Vital statistics of India. Vol. VI, European troops 1870-79
Year: 1870
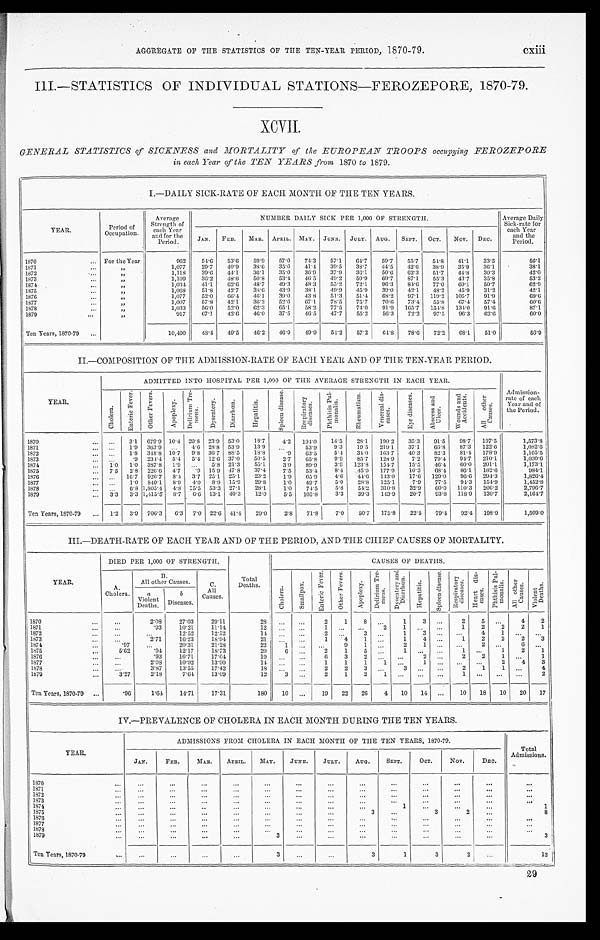
AGGREGATE OF THE STATISTICS OF THE TEN-YEAR PERIOD, 1870-79.
III.—STATISTICS OF INDIVIDUAL STATIONS—FEROZEPORE, 1870-79.
X C V I I .
GENERAL STATISTICS of SICKNESS and MORTALITY of the EUROPEAN TROOPS occupying FEROZEPORE
in each Year of the TEN YEARS from 1870 to 1879.
I.—DAILY SICK-RATE OF EACH MONTH OF THE TEN YEARS.
YEAR.
P e r i o d o f
Occupation.
Average Strength of
each year
and for the
Period.
N U MB E R D A I L Y S I C K P E R 1 , 0 0 0 O F S T R E N G T H .
Average Dai l y Si ck- r at e
each Year
and the
Period.
JAN. FEB. MAR. APRIL. MAY. JUNE. JULY. AUG. SEPT. OCT. NOV. DEC.
1870
For the Year
962 54.6 53.6 59.9 57.0 74.3 57.1 64.7 59. 7 55.7 54. 8 41.1 33. 5
5 6 . 1
1871
" 1,077 29.7 40.9 38.6 35.6 41.4 39.5 38.7 44. 5 42.6 38. 9 35.9 36. 1
3 8 . 1
1872
"
1,118 39.6 44.1 36.1 35.0 36.9 37.9 36.1 50. 6 62.3 51. 7 44.8 30. 3
4 2 . 0
1873
"
1,109 36.2 48.6 50.8 53.4 46.5 49.2 59.9 69. 7 87.1 55. 3 43.7 35. 8
5 3 . 2
1874
"
1,034 41.1 62.6 48.7 49.3 48.3 55.2 72.1 96. 3 84.6
7 7 . 0 69.1 50. 7
6 2 . 9
1875
"
1 , 0 6 8
51.8 42.7 38.6 43.9 38. 1 49.9 45.9 39. 0 42.1 48. 2 45.9 31.2
4 2 . 1
1 8 7 6
"
1,077 52.0 66.4 46.1 39.0 43.8 51.3 51.4 68. 2 97.1 119. 2 105.7 91. 9
6 9 . 6
1877
" 1,007 57.8 42.1 36.2 52.6 67.1 78.5 75.7 70. 6 73.4 55. 8 67.4 57. 4
6 0 . 6
1878
" 1,033 56.0 52.0 62.3 65.1 58.2 77.5 74.0 91.9 165.7 154. 8 134.0 91.6
8 7 . 1
1879
"
917 67.1 42.6 46.0 37.5 46.5 47.7 55.2 56. 3 72.2 97. 5 96.3 62. 6
6 0 . 0
Ten Years, 1870-79
10,400 48.4 49.5 46.2 46.9 49.9 51.2 57.2 64. 8 78.6 72. 2 68.1 51. 0
5 6 . 9
II.—COMPOSITION OF THE ADMISSION-RATE OF EACH YEAR AND OF THE TEN-YEAR PERIOD.
Y E A R .
ADMITTED INTO HOSPITAL PER 1,000 OF THE AVERAGE STRENGTH IN EACH YEAR.
Admission- rate of each
Year and of
the Period.
C h o l e r a . E n t e r i c F e v e r .
O t h e r F e v e r s .
Ap o p l e x y .
D e l i r i u m T r e -
m e n s .
D y s e n t e r y . D i a r r h œ a .
H e p a t i t i s .
S p l e e n d i s e a s e . R e s p i r a t o r y
d i s e a s e s .
P h t h i s i s P u l -
m o n a l i s .
R h e u m a t i s m .
V e n e r a l d i s -
e a s e s .
E y e d i s e a s e s .
A b s e e s s a n d
Ul c e r .
W o u n d s a n d
A c c i d e n t s .
A l l o t h e r
C a u s e s .
1870
3.1 679.9 10.4 20.8 23.9 53.0 18.7 4.2 104.0 14. 5 28.1 190.2 35.3 91.5 98.7 197.5
1,573.8
1871
1.9 363.9
4.6 28.8 53.9 13.9
53.9 9.3 19.5 219.1 37.1 66.8 87.3 122.6
1,082.6
1872
1.8 348.8 10.7 9.8 36.7 88.5 18.8 .9 63.5 5. 4 34.0 163.7 40.3 82.3 81.4 178.9
1,165.5
1873
.9 234.4 5.4 5.4 12.6 37.0 50.5 2.7 65.8 9. 9 85.7 128.9 7. 2 79.4 94.7 210.1
1,030.6
1874
1.0 1.0 387.8 1.9
5.8 21.3 55.1 3.9 89.9 3. 9 123.8 154.7 15.5 46.4 60.0 201.1
1,173.1
1875
7.5 2.8 226.6 4.7 .9 15.9 47.8 37.4 7.5 53.4 8. 4 45.9 177.9 10.3 68.4 86.1 182.6
984.1
1876
16.7 926.7 8.4 3.7 25.1 25.1 23.2 1.9 65.9 4. 6 44.6 143.0 17.6 129.0 96.6 294.3
1,826.4
1877
1.0 840.1 8.9 4.0 8.9 15.9 29.8 1.0 49.7 5. 0 28.8 125.1 7.9 77.5 94.3 154.9
1,452.8
1878
6.8 1,805.4 4.8 1 5 . 5 53. 3 27.1 28.1 1.0 74.5 5. 8 54.2 310.8 32.9 60.0 110. 3 206.2
2,796.7
1879
3.3 3.3 1,415.5 8.7 6.6 13.1 40.3 12.0 5.5 105.8 3. 3 39.3 143.9 20.7 93.8 118.9 130.7
2,164.7
Ten Years, 1870-79
1.2 3.9 706.3 6.3 7.0 22.6 41.4 29.0 2.8 71.8 7. 0 50.7 175.8 22.5 79.4 92.4 198.9
1,509.0
III.—DEATH-RATE OF EACH YEAR AND OF THE PERIOD, AND THE CHIEF CAUSES OF MORTALITY.
YEAR.
DIED PER 1,000 OF STRENGTH.
Total
Deaths.
C A U S E S O F D E A T H S .
A . C h o l e r a .
B .
A l l o t h e r C a u s e s .
C .
A l l
C a u s e s .
C h o l e r a . S m a l l p o x . E n t e r i c F e v e r .
O t h e r F e v e r s .
A p o p l e x y .
D e l i r i u m T r e -
m e n s .
D y s e n t e r y a n d
D i a r r h œ a .
H e p a t i t i s .
S p l e e n d i s -
e a s e . Re s p i r a t o r y
di s eas es . H e a r t d i s - e a s e s .
P h t h i s i s P u l -
m o n a l i s . A l l o t h e r
C a u s e s . V i o l e n t
D e a t h s .
a V i o l e n t
D e a t h s .
b D i s e a s e s .
1870
2 . 0 8 27.03 29.11
2 8
2 1 8
1 3
2 5
4 2
1871
.93 10.21 11.14
1 2
1
2
1
1 2 2 2 1
1872
12.52 12.52
1 4
2
3
1
3
4 1
1873
2.71 16.23 18.94
2 1
1 4 1
1
4
1 2 2 2 3
1874
.97
20.31 21.28
22 1
9 1
2
1
2
6
1875
5.62 .94 12.17 18.73
20 6
2 1 5
1
1
1 2 1
1876
.93 16.71 17.64
1 9
6 3 2
2
2 2 1
1
1877
2 . 9 8 10.92 13.90
14
1 1 1 1
1
2 4 3
1 8 7 8
3.87 13.55 17.42
18
2 2 3
3
2 1 1
4
1879
3.27 2.18 7.64 13.09
12 3
2 1 2 1
1
2
Ten Years, 1870-79
. 9 6 1.64 14.71 17.31
180 10
19 22 26 4 10 14
10 18 10 20 17
IV.—PREVALENCE OF CHOLERA IN EACH MONTH DURING THE TEN YEARS.
YEAR.
ADMISSIONS FROM CHOLERA IN EACH MONTH OF THE TEN YEARS, 1870-79.
Total
Admissions.
JAN. FEB. MAR. APRIL. MAY. JUNE. JULY. AUG. SEPT. OCT.
NOV.
DEC.
1870 1871 1 8 7 2
1873 1874
1
1
1875
3
3
2
8
1876
1877 1878 1879
3
3
Ten Years, 1870-79
3
3
1
3
2
1 2
29